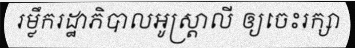
រម្លឹករដ្ឋាភិបាលអូស្ត្រាលី ឲ្យចេះរក្សា